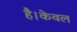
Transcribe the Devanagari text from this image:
है।केवल